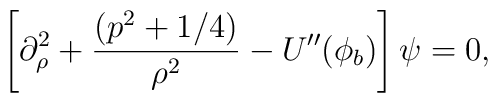
\left[\partial_{\rho}^2+\frac{(p^2+1/4)}{\rho^2}-U''(\phi_{b})\right]\psi=0,